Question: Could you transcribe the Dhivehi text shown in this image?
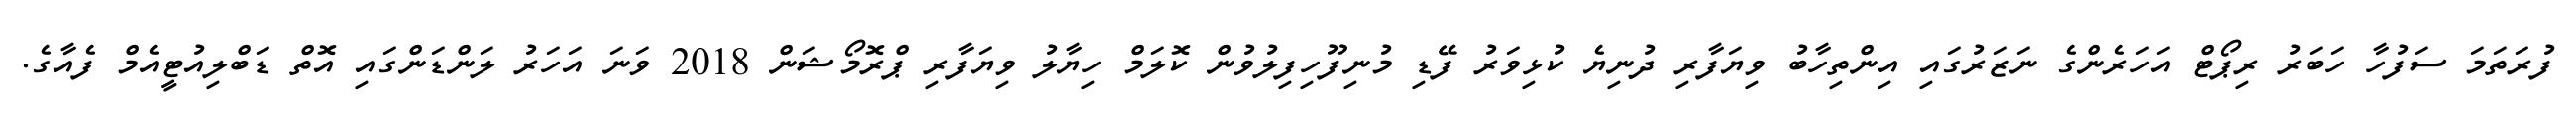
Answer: ފުރަތަމަ ސަފުހާ ހަބަރު ރިޕޯޓް އަހަރެންގެ ނަޒަރުގައި އިންތިހާބު ވިޔަފާރި ދުނިޔެ ކުޅިވަރު ފޭޑި މުނިފޫހިފިލުވުން ކޮލަމް ހިޔާލު ވިޔަފާރި ޕްރޮމޯޝަން 2018 ވަނަ އަހަރު ލަންޑަންގައި އޮތް ޑަބްލިއުޓީއެމް ފެއާގެ.